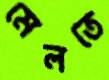
মেলতে